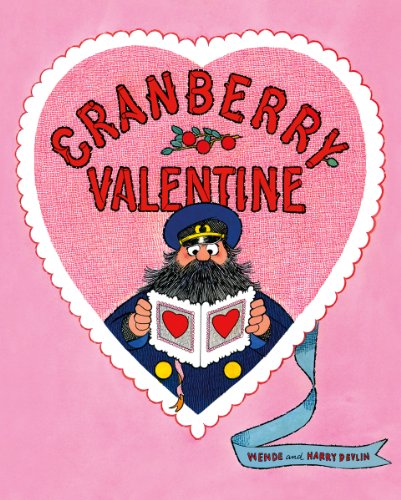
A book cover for Cranberry Valentine (Cranberryport); Wende Devlin; Children's Books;